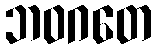
ဘဝဂတေ